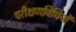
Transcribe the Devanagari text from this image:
परीक्षणविधियों